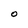
Character: O